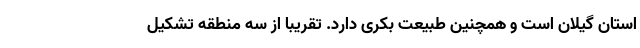
استان گیلان است و همچنین طبیعت بکری دارد. تقریباً از سه منطقه تشکیل